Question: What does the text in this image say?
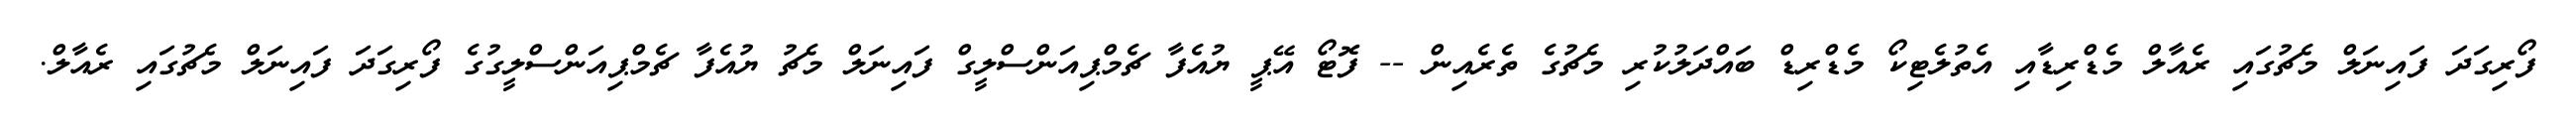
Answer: ފޯރިގަދަ ފައިނަލް މެޗުގައި ރެއާލް މެޑްރިޑާއި އެތުލެޓިކޯ މެޑްރިޑް ބައްދަލުކުރި މެޗުގެ ތެރެއިން -- ފޮޓޯ އޭޕީ ޔުއެފާ ޗެމްޕިއަންސްލީގް ފައިނަލް މެޗު ޔުއެފާ ޗެމްޕިއަންސްލީގުގެ ފޯރިގަދަ ފައިނަލް މެޗުގައި ރެއާލް.